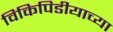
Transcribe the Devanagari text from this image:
विकिपिडीयाच्या